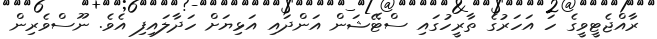
ރާއްޖެޓީވީގެ ހަ އަހަރުގެ ތާރީހުގައި ސްޓޭޝަން އަންދައި އަޅިޔަށް ހަދާލައިފި އެވެ. ނޫސްވެރިން